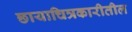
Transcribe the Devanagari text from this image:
छायाचित्रकारीतील